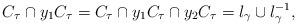
LaTeX: \begin{align*}C_\tau\cap y_1 C_\tau = C_\tau\cap y_1 C_\tau \cap y_2 C_\tau = l_\gamma\cup l_\gamma^{-1},\end{align*}